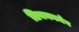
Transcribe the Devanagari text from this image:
तियननमेन